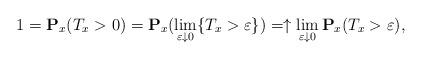
LaTeX: \begin{align*}1=\mathbf{P}_x(T_x>0)=\mathbf{P}_x(\lim_{\varepsilon\downarrow 0} \{T_x>\varepsilon\})=\uparrow \lim_{\varepsilon\downarrow 0} \mathbf{P}_x(T_x>\varepsilon),\end{align*}